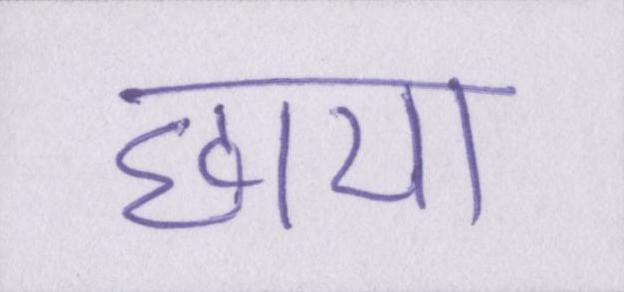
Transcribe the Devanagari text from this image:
छाया